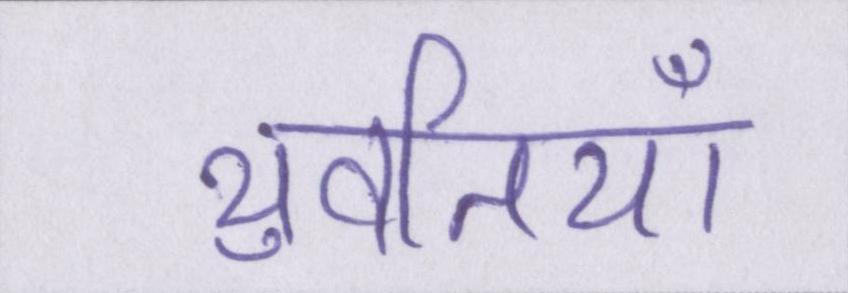
युवतियाँ